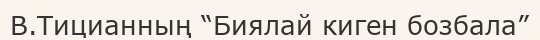
В.Тицианның “Биялай киген бозбала”